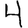
Digit: 4